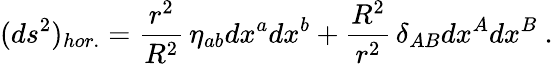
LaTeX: (ds^{2})_{hor.}=\frac{r^{2}}{R^{2}}\, \eta_{ab}dx^{a}dx^{b}+\frac{R^{2}}{r^{2}}\, \delta_{AB}dx^{A}dx^{B}\ .